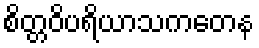
စိတ္တဝိပရိယာသကတေန